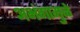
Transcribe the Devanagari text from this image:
अभंगामुळे